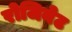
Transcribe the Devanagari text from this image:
रोजिनेट